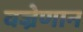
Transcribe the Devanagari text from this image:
वज्रेणान